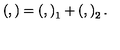
\left( , \right) = \left( , \right) _ { 1 } + \left( , \right) _ { 2 } .